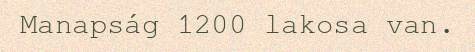
Manapság 1200 lakosa van.